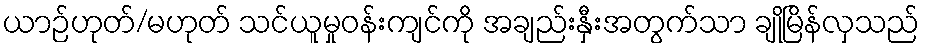
ယာဉ်ဟုတ်/မဟုတ် သင်ယူမှုဝန်းကျင်ကို အချည်းနှီးအတွက်သာ ချိုမြိန်လှသည်